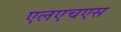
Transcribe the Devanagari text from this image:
एलएचएस